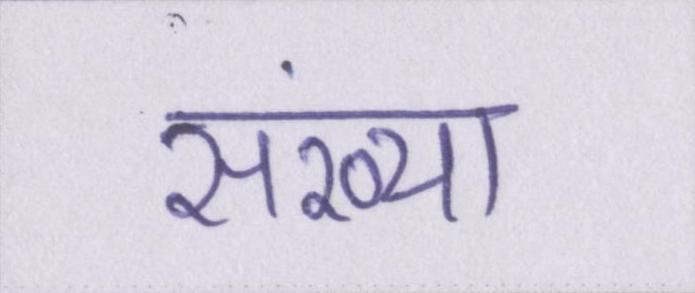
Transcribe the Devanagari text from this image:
संख्या